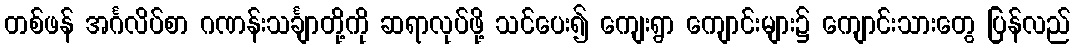
တစ်ဖန် အင်္ဂလိပ်စာ ဂဏန်းသင်္ချာတို့ကို ဆရာလုပ်ဖို့ သင်ပေး၍ ကျေးရွာ ကျောင်းများ၌ ကျောင်းသားတွေ ပြန်လည်